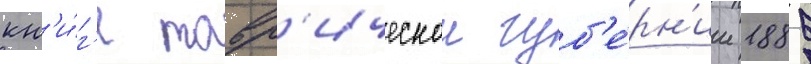
кн'и́г'е тавр'ическои губ'е́рн'ии 1889